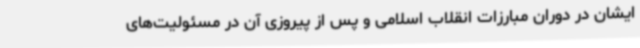
ایشان در دوران مبارزات انقلاب اسلامی و پس از پیروزی آن در مسئولیت‌های